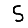
Digit: 5